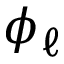
\phi _ { \ell }